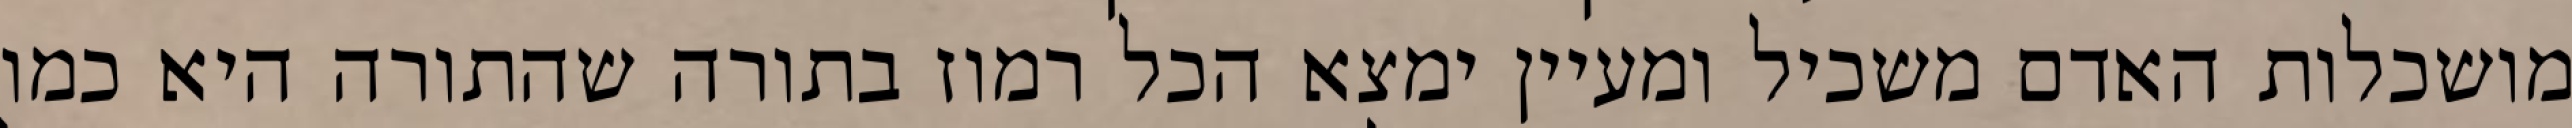
מושכלות האדם משכיל ומעיין ימצא הכל רמוז בתורה שהתורה היא כמו